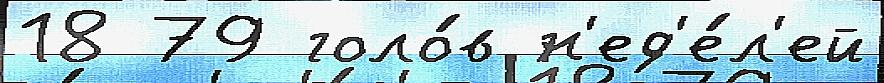
18 79 голо́в н'ед'е́л'ей